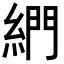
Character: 𦁺